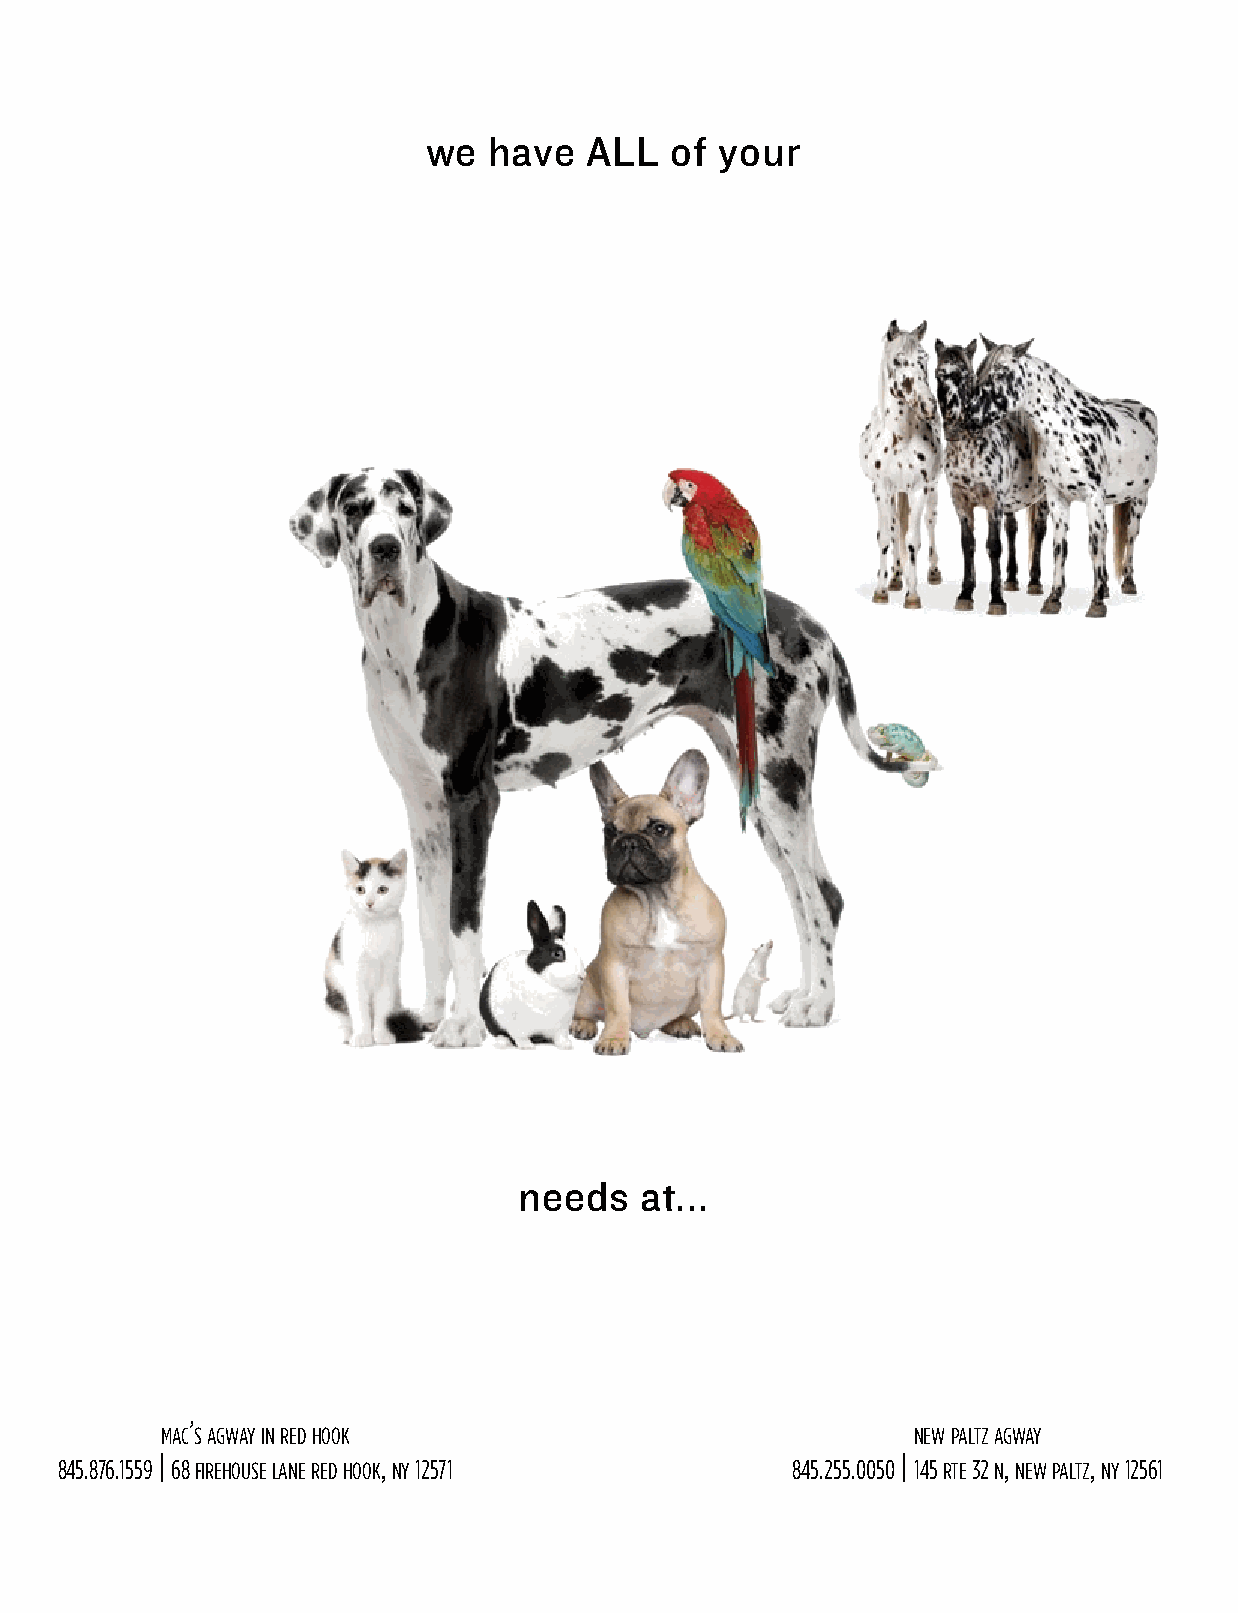
we  have   ALL  of  your
 needs   at...
 ’
 macsagwayinredhook                               newpaltzagway
 845.876.1559 | 68 firehouse lane red hook, ny 12571 845.255.0050 | 145 rte 32 n, new paltz, ny 12561